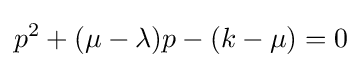
p^{2}+(\mu -\lambda )p-(k-\mu )=0